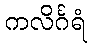
ကလိင်္ဂရံ